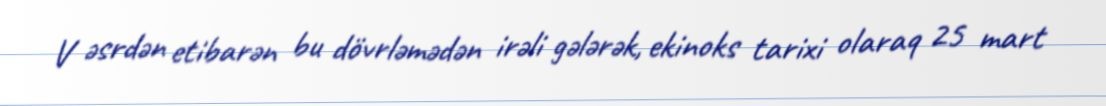
V əsrdən etibarən bu dövrləmədən irəli gələrək, ekinoks tarixi olaraq 25 mart